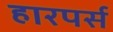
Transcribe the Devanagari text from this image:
हारपर्स